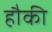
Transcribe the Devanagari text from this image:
हौकी